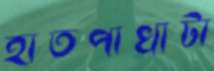
হাতপাখাটা